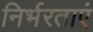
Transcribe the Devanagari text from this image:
निर्भरताएं